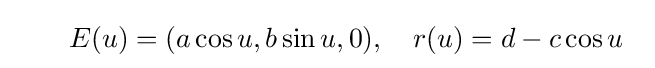
\quad \ \ \ E(u)=(a\cos u,b\sin u,0),\quad r(u)=d-c\cos u\ \